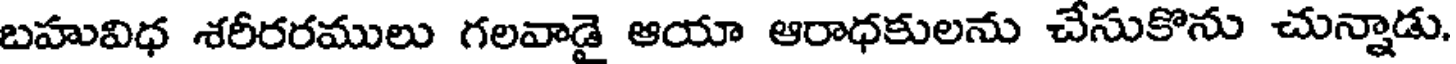
బహువిధ శరీరరములు గలవాడై ఆయా ఆరాధకులను చేసుకొను చున్నాడు.